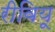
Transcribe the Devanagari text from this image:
रीवियू